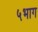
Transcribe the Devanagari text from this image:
५भाग